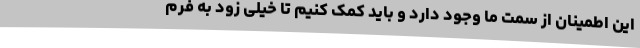
این اطمینان از سمت ما وجود دارد و باید کمک کنیم تا خیلی زود به فرم